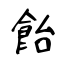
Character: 飴